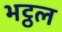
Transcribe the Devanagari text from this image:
भट्ठल